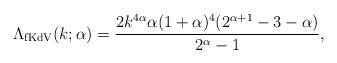
LaTeX: \begin{align*}\Lambda_{\rm fKdV}(k;\alpha)=\frac{2k^{4\alpha}\alpha(1+\alpha)^4(2^{\alpha+1}-3-\alpha)}{2^{\alpha}-1},\end{align*}